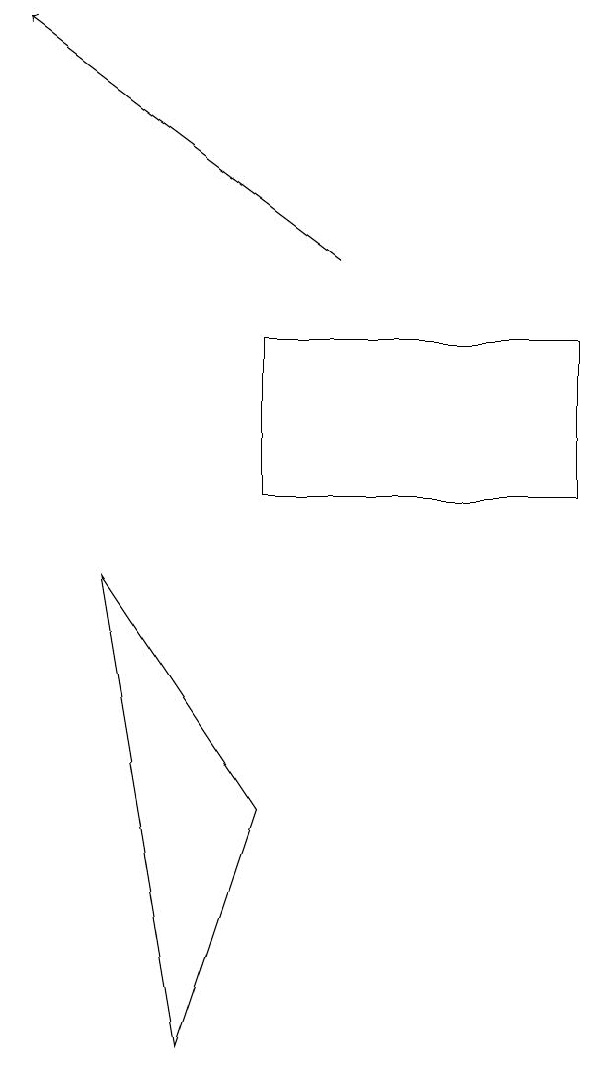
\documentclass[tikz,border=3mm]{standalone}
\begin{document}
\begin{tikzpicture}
\draw (3,10) rectangle (7,12);
\draw (2,3) -- (3,6) -- (1,9) -- cycle;
\draw[->] (4,13) -- (0,16);
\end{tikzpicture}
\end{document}